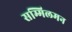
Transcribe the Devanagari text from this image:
सम्मिलमन